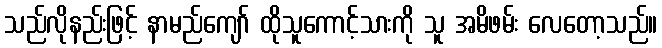
သည်လိုနည်းဖြင့် နာမည်ကျော် ထိုသူကောင့်သားကို သူ အမိဖမ်း လေတော့သည်။